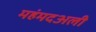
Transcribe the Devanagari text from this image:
महंमदअली